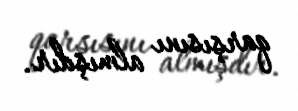
qarşısını almışdır.